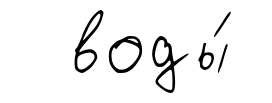
воды́